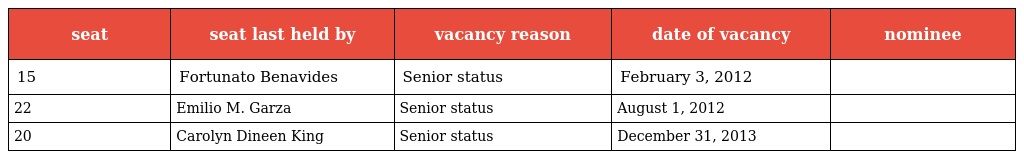
| seat | seat last held by | vacancy reason | date of vacancy | nominee |
 | --- | --- | --- | --- | --- |
 | 15 | Fortunato Benavides | Senior status | February 3, 2012 |  |
 | 22 | Emilio M. Garza | Senior status | August 1, 2012 |  |
 | 20 | Carolyn Dineen King | Senior status | December 31, 2013 |  |